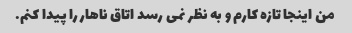
من اینجا تازه کارم و به نظر نمی رسد اتاق ناهار را پیدا کنم.